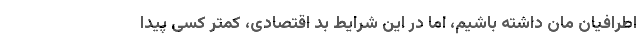
اطرافیان مان داشته باشیم، اما در این شرایط بد اقتصادی، کمتر کسی پیدا